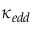
\kappa _ { e d d }